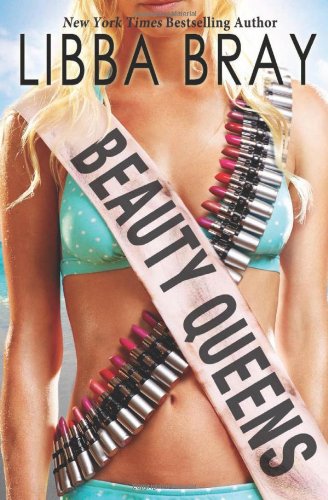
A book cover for Beauty Queens; Libba Bray; Teen & Young Adult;